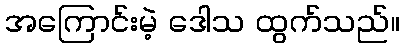
အကြောင်းမဲ့ ဒေါသ ထွက်သည်။